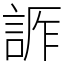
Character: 𧨊